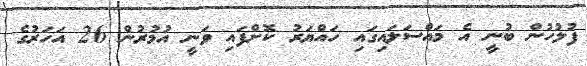
ފުލުހުން ބުނީ އެ މައްސަލައިގައި ހައްޔަރު ކޮށްފައި ވަނީ އުމުރުން 26 އަހަރުގެ